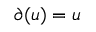
\partial ( u ) = u